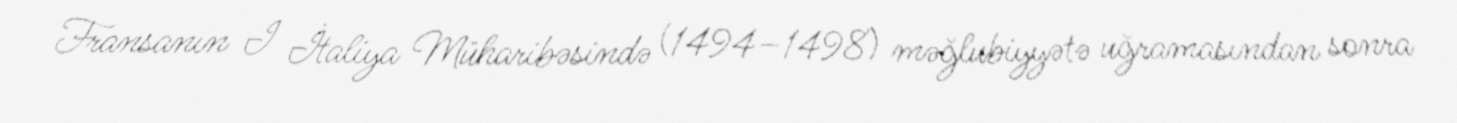
Fransanın I İtaliya Müharibəsində (1494–1498) məğlubiyyətə uğramasından sonra